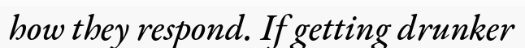
how they respond. If getting drunker